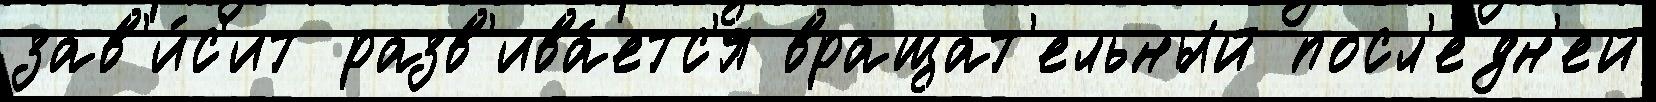
зав'и́с'ит разв'ива́етс'я вращат'ельный посл'е́дн'ей